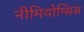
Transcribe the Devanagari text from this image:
नीमियोप्सिस